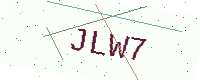
Text: JLW7